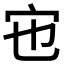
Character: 𡧀